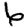
Digit: 6